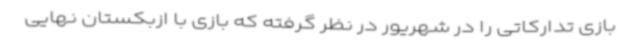
بازی تدارکاتی را در شهریور در نظر گرفته که بازی با ازبکستان نهایی